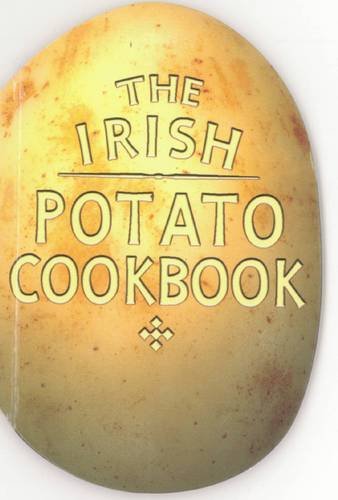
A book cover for The Irish Potato Cookbook (Magnetic); Sheila Mortimer; Cookbooks, Food & Wine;